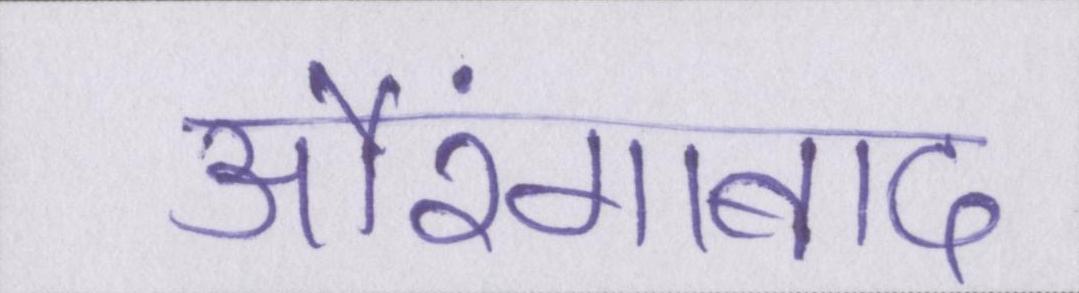
औरंगाबाद